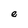
Character: e